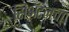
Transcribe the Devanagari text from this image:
सिॲटलचा